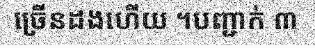
ច្រើនដងហើយ ។បញ្ជាក់ ៣